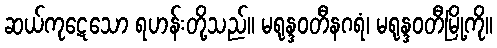
ဆယ်ကုဋေသော ရဟန်းတို့သည်။ မရုန္ဒဝတီနဂရံ၊ မရုန္ဒဝတီမြို့ကို။